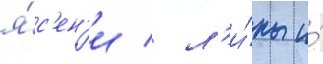
я́с'ен'и / л'и́пы и́